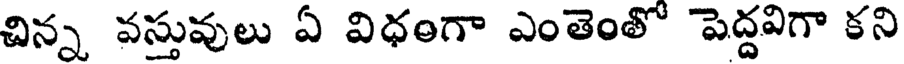
చిన్న వస్తువులు ఏ విధంగా ఎంతెంతో పెద్దవిగా కని